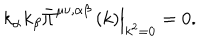
\left. k _ { \alpha } k _ { \beta } \bar { \Pi } ^ { \mu \nu , \alpha \beta } \left( k \right) \right| _ { k ^ { 2 } = 0 } = 0 .